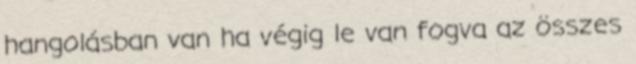
hangolásban van ha végig le van fogva az összes